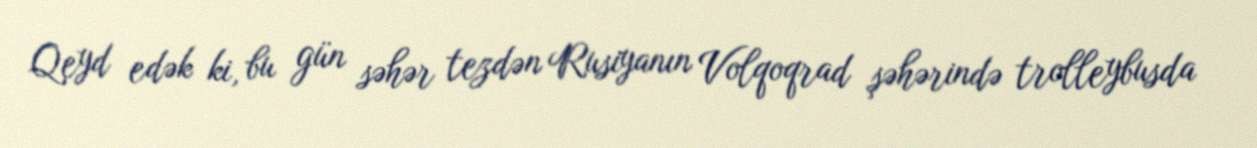
Qeyd edək ki, bu gün səhər tezdən Rusiyanın Volqoqrad şəhərində trolleybusda